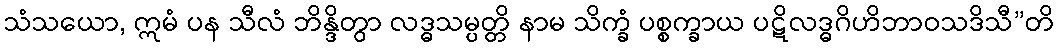
သံသယော, ဣမံ ပန သီလံ ဘိန္ဒိတွာ လဒ္ဓသမ္ပတ္တိ နာမ သိက္ခံ ပစ္စက္ခာယ ပဋိလဒ္ဓဂိဟိဘာဝသဒိသီ”တိ